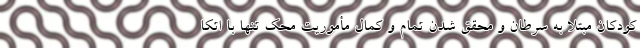
کودکان مبتلا به سرطان و محقق شدن تمام و کمال مأموریت محک تنها با اتکا